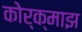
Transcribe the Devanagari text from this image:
कोर्क्माझ